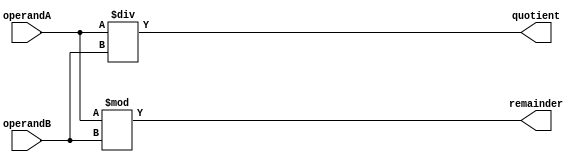
module Divider(
    input [31:0] operandA,
    input [31:0] operandB,
    output reg [31:0] quotient,
    output reg [31:0] remainder
);

always @(*) begin
    quotient = operandA / operandB;
    remainder = operandA % operandB;
end

endmodule